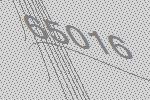
65016